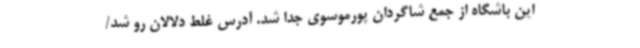
این باشگاه از جمع شاگردان پورموسوی جدا شد. آدرس‌ غلط دلالان رو شد/